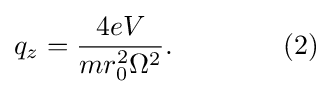
q_{z}={\frac {4eV}{mr_{0}^{2}\Omega ^{2}}}.\qquad \qquad (2)\!